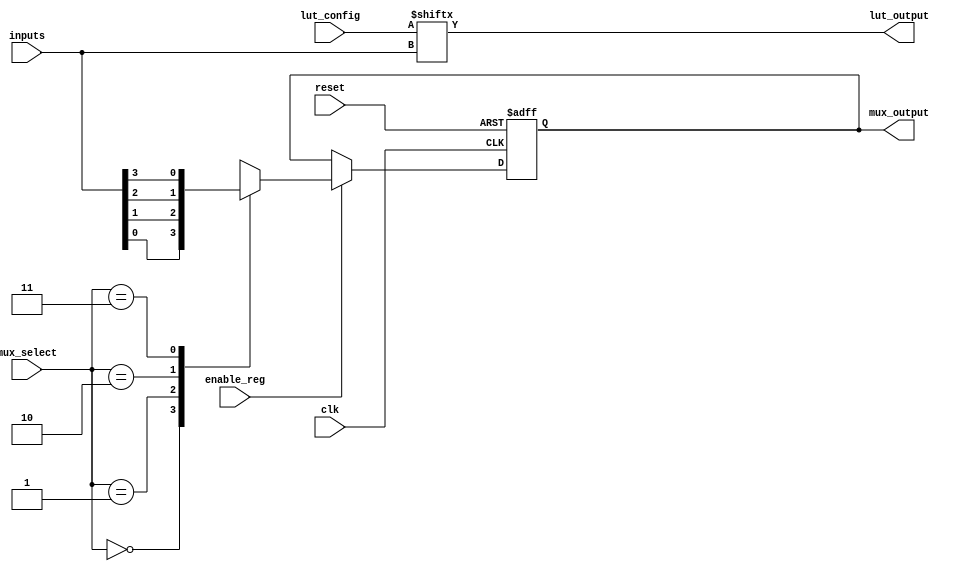
module ConfigurableLogicBlock (
    input wire [3:0] inputs,            // 4-bit input signals for LUT
    input wire [15:0] lut_config,       // 16-bit configuration for LUT (truth table)
    input wire [1:0] mux_select,        // 2-bit selector for 4 inputs
    input wire clk,                      // Clock signal for registers
    input wire reset,                    // Reset signal
    input wire enable_reg,               // Enable signal for register
    output wire lut_output,              // Output from LUT
    output wire mux_output               // Final output after MUX
);

// LUT Implementation
wire [3:0] lut_input = inputs; // Assuming 4 inputs
assign lut_output = lut_config[lut_input]; // LUT output based on configuration

// MUX Implementation
reg mux_out;
always @(*) begin
    case (mux_select)
        2'b00: mux_out = inputs[0];
        2'b01: mux_out = inputs[1];
        2'b10: mux_out = inputs[2];
        2'b11: mux_out = inputs[3];
        default: mux_out = 1'b0; // Default case
    endcase
end

// Register Implementation
reg reg_out;
always @(posedge clk or posedge reset) begin
    if (reset) begin
        reg_out <= 1'b0;
    end else if (enable_reg) begin
        reg_out <= mux_out; // Store MUX output in register
    end
end

// Final output from the CLB
assign mux_output = reg_out;

endmodule